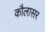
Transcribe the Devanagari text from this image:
कौलासर